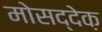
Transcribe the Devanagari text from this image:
मोसद्देक़